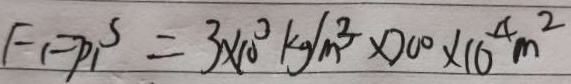
F _ { 1 } = p _ { 1 } ^ { s } = 3 \times 1 0 ^ { 3 } k g / m ^ { 3 } \times 2 0 0 \times 1 0 ^ { 4 } m ^ { 2 }